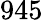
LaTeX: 945